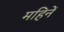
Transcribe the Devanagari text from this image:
महिनें